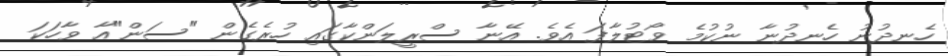
ހެނދުނު ހެނދުނާ ނުކުމެ ވޯޓުލާފަ އެވެ. އޭނާ ސްރީލަންކާގައި ހުރެގެން "ސަން"އާ ވާހަކަ